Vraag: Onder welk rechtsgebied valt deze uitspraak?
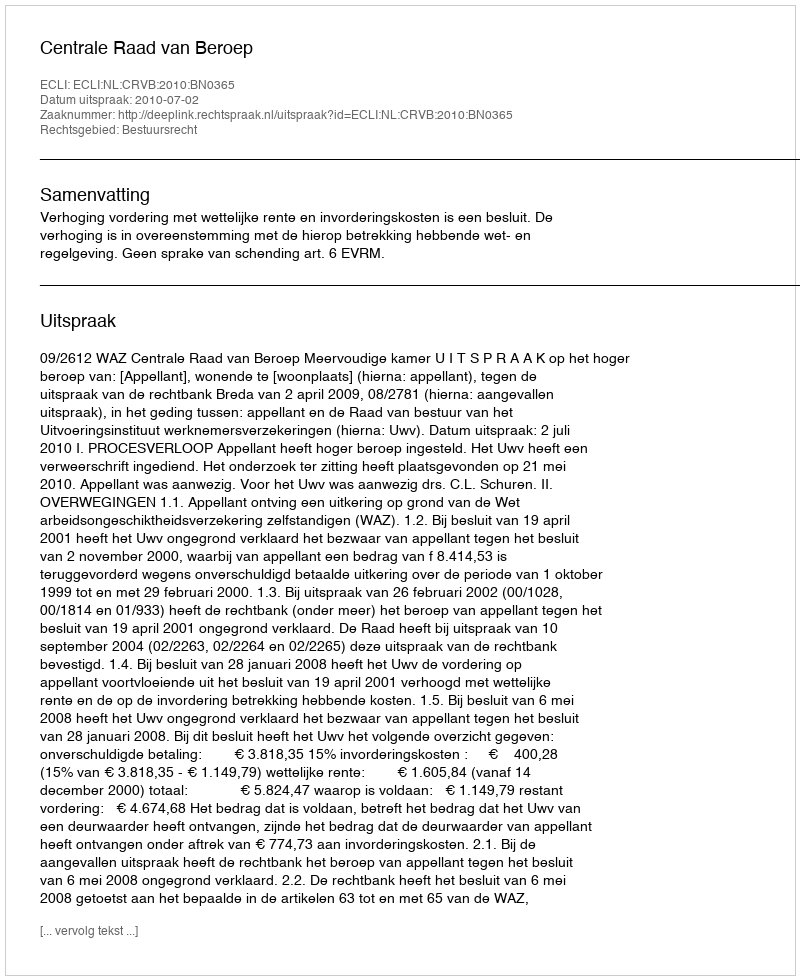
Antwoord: Bestuursrecht